Subject: physics
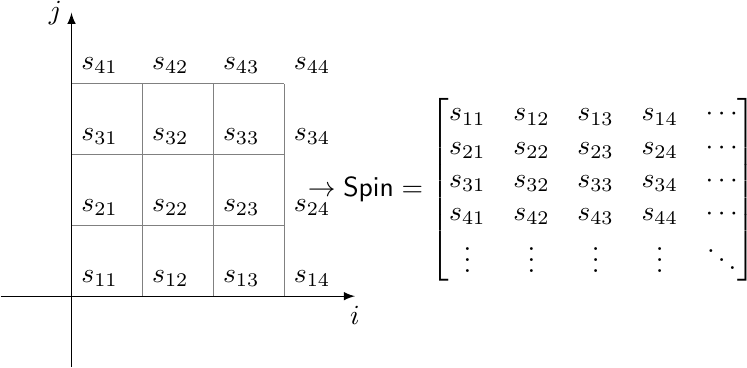
LaTeX code:
		\begin{tikzpicture}[scale=0.9]
			\draw[help lines,step=1] (0,0) grid (3,3);
			\draw[-latex] (-1,0) -- (4,0);
			\draw[-latex] (0,-1) -- (0,4);
			\draw (4,0)coordinate (A)node[below] {$i$};
			\draw (0,4)coordinate (A)node[left] {$j$};
			\draw (0,0)coordinate (A)node[above right] {$s_{11}$};
			\draw (0,1)coordinate (B)node[above right] {$s_{21}$};
			\draw (0,2)coordinate (B)node[above right] {$s_{31}$};
			\draw (0,3)coordinate (B)node[above right] {$s_{41}$};
			\draw (1,0)coordinate (A)node[above right] {$s_{12}$};
			\draw (2,0)coordinate (A)node[above right] {$s_{13}$};
			\draw (3,0)coordinate (A)node[above right] {$s_{14}$};
			\draw (1,1)coordinate (B)node[above right] {$s_{22}$};
			\draw (1,2)coordinate (B)node[above right] {$s_{32}$};
			\draw (1,3)coordinate (B)node[above right] {$s_{42}$};
			\draw (2,1)coordinate (B)node[above right] {$s_{23}$};
			\draw (2,2)coordinate (B)node[above right] {$s_{33}$};
			\draw (2,3)coordinate (B)node[above right] {$s_{43}$};
			\draw (3,1)coordinate (B)node[above right] {$s_{24}$};
			\draw (3,2)coordinate (B)node[above right] {$s_{34}$};
			\draw (3,3)coordinate (B)node[above right] {$s_{44}$};
			\node (1) at(6.5,1.5) {$\to \mathsf{Spin}=\begin{bmatrix}
					s_{11} & s_{12} & s_{13} & s_{14} & \cdots\\
					s_{21} & s_{22} &  s_{23} & s_{24} &\cdots\\
					s_{31} & s_{32} &  s_{33} & s_{34} &\cdots\\
					s_{41} & s_{42} &  s_{43} & s_{44} &\cdots\\
					\vdots & \vdots &  \vdots & \vdots &\ddots\\
				\end{bmatrix}$};
		\end{tikzpicture}